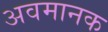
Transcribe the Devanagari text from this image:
अवमानक